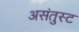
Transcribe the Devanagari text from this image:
असंतुस्ट